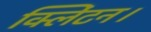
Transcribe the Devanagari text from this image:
क्लिंटन।